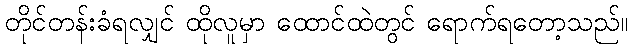
တိုင်တန်းခံရလျှင် ထိုလူမှာ ထောင်ထဲတွင် ရောက်ရတော့သည်။